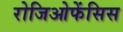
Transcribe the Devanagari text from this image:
रोजिओफेंसिस